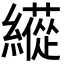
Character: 𦆬